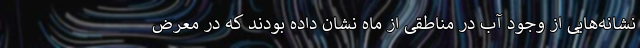
نشانه‌هایی از وجود آب در مناطقی از ماه نشان داده بودند که در معرض